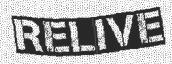
RELIVE